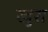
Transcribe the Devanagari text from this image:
खुरा